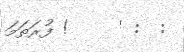
:  : '     ! ފުރަތަމަ